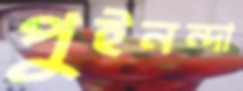
পুইনন্দা